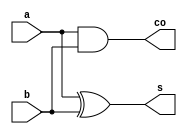

module Half (a,b,s,co);

input a ,b;
output s;
output co;

xor x1(s,a,b);
and a1(co,a,b);

endmodule